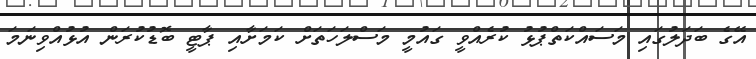
އޭގެ ބަދަލުގައި މަސައްކަތްޕުޅު ކުރެއްވީ ގައުމީ މަސްލަހަތަށް ކަމަށާއި ޕާޓީ ބޮޑުކުރަން އުޅުއްވިނަމަ